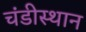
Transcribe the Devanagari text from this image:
चंडीस्‍थान